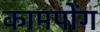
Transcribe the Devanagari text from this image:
कामपोंग